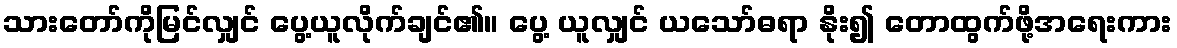
သားတော်ကိုမြင်လျှင် ပွေ့ယူလိုက်ချင်၏။ ပွေ့ ယူလျှင် ယသော်ဓရာ နိုး၍ တောထွက်ဖို့အရေးကား